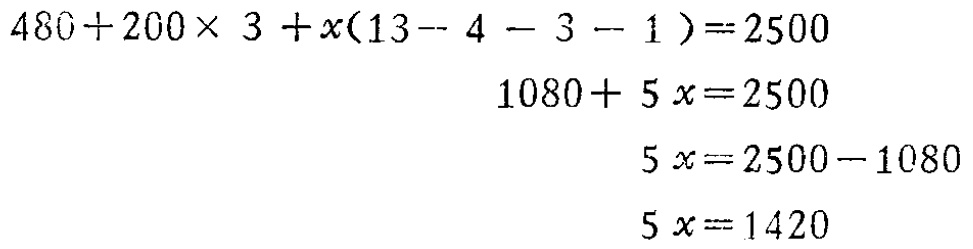
\[

\begin{align*}

480 + 200\times 3+x(13 - 4 - 3 - 1)&=2500\\

1080+ 5x&=2500\\

5x&=2500 - 1080\\

5x&=1420

\end{align*}

\]